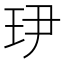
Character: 𤣹